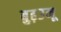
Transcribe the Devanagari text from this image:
बुढ़उनू